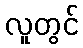
လူတွင်